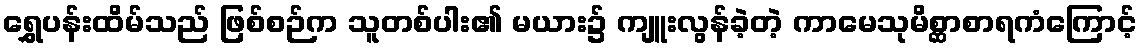
ရွှေပန်းထိမ်သည် ဖြစ်စဉ်က သူတစ်ပါး၏ မယား၌ ကျူးလွန်ခဲ့တဲ့ ကာမေသုမိစ္ဆာစာရကံကြောင့်